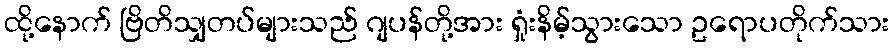
ထို့နောက် ဗြိတိသျှတပ်များသည် ဂျပန်တို့အား ရှုံးနိမ့်သွားသော ဥရောပတိုက်သား